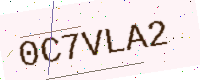
Text: 0C7VLA2